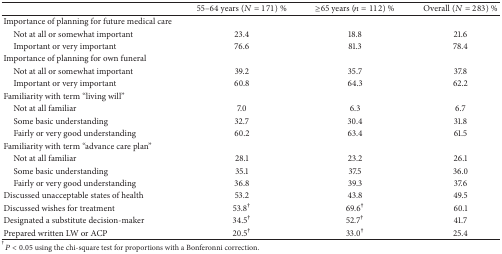
<table><thead><tr><td><b> </b></td><td><b>55–64 years (<i>N</i> = 171) %</b></td><td><b>≥65 years (<i>n</i> = 112) %</b></td><td><b>Overall (<i>N</i> = 283) %</b></td></tr></thead><tbody><tr><td>Importance of planning for future medical Care</td><td> </td><td> </td><td> </td></tr><tr><td> Not at all or somewhat important</td><td>23.4</td><td>18.8</td><td>21.6</td></tr><tr><td> Important or very important</td><td>76.6</td><td>81.3</td><td>78.4</td></tr><tr><td>Importance of planning for own funeral</td><td> </td><td> </td><td> </td></tr><tr><td> Not at all or somewhat important</td><td>39.2</td><td>35.7</td><td>37.8</td></tr><tr><td> Important or very important</td><td>60.8</td><td>64.3</td><td>62.2</td></tr><tr><td>Familiarity with term “Living Will”</td><td> </td><td> </td><td> </td></tr><tr><td> Not at all familiar</td><td>7.0</td><td>6.3</td><td>6.7</td></tr><tr><td> Some basic understanding</td><td>32.7</td><td>30.4</td><td>31.8</td></tr><tr><td> Fairly or very good understanding</td><td>60.2</td><td>63.4</td><td>61.5</td></tr><tr><td>Familiarity with term “Advance Care Plan”</td><td> </td><td> </td><td> </td></tr><tr><td> Not at all familiar</td><td>28.1</td><td>23.2</td><td>26.1</td></tr><tr><td> Some basic understanding</td><td>35.1</td><td>37.5</td><td>36.0</td></tr><tr><td> Fairly or very good understanding</td><td>36.8</td><td>39.3</td><td>37.6</td></tr><tr><td>Discussed unacceptable states of health</td><td>53.2</td><td>43.8</td><td>49.5</td></tr><tr><td>Discussed wishes for treatment</td><td>53.8<sup>†</sup></td><td>69.6<sup>†</sup></td><td>60.1</td></tr><tr><td>Designated a substitute decision-maker</td><td>34.5<sup>†</sup></td><td>52.7<sup>†</sup></td><td>41.7</td></tr><tr><td>Prepared written LW or ACP</td><td>20.5<sup>†</sup></td><td>33.0<sup>†</sup></td><td>25.4</td></tr></tbody></table>